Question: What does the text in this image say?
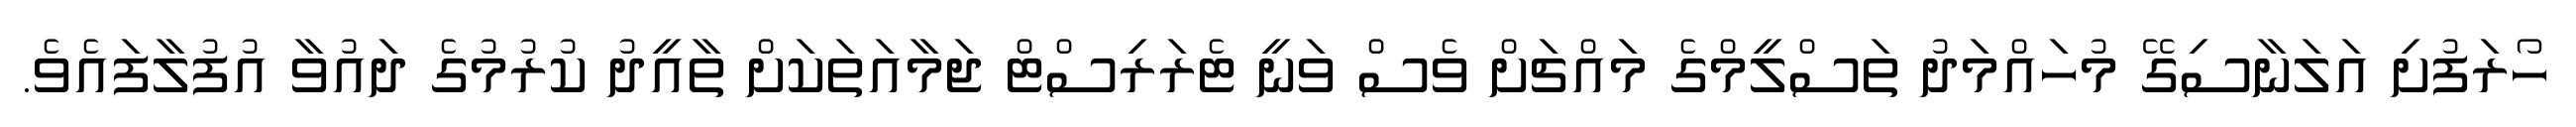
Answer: ހޯރަފުށި އަލަނާސިގޭ މުހައްމަދު ތަސްލީމްގެ މައްޗަށް ވެސް ވަނީ ޓެރަރިސްޓް ޖަމާއަތަކަށް ތާއީދު ކުރުމުގެ ދައުވާ އުފުލާފައެވެ.